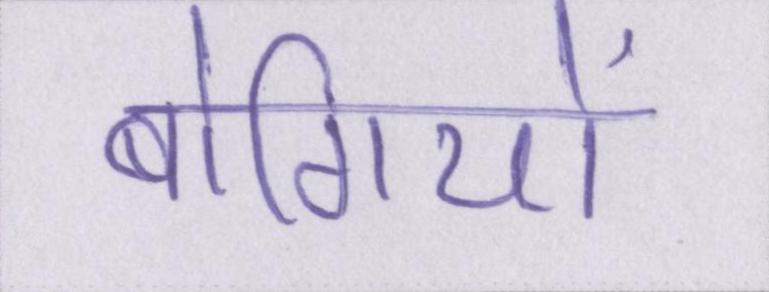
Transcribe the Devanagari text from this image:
बोगियों